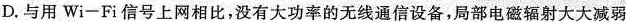
D.与用Wi-Fi信号上网相比，没有大功率的无线通信设备，局部电磁辐射大大减弱